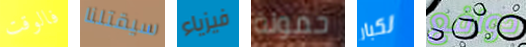
فالوقت سيقتلنا فيزياء حمولة لكبار دوافع